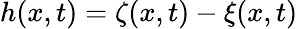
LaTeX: h(x,t)=\zeta(x,t)-\xi(x,t)